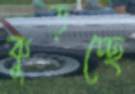
কুড়চ্ছে